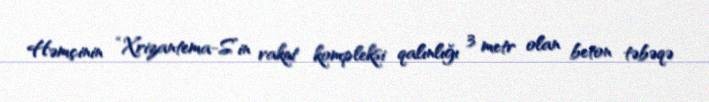
Həmçinin “Xrizantema-S”in raket kompleksi qalınlığı 3 metr olan beton təbəqə